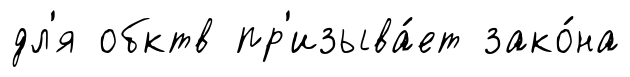
дл'я обктв пр'изыва́ет зако́на